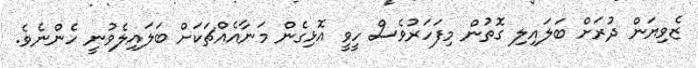
ޒެވިޔަން ދުރަށް ބަލައިލި ގޮތުން މިފަހަރުވެސް ހީވީ އޮޅިގެން މަނާއެއްޗަކަށް ބަލައިލެވުނީ ހެންނެވެ.